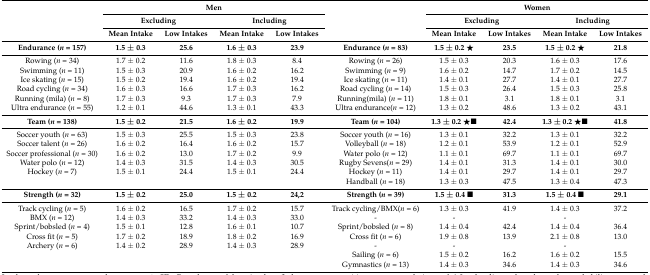
<table><thead><tr><td rowspan="3"></td><td colspan="4"><b>Men</b></td><td rowspan="3"></td><td colspan="4"><b>Women</b></td></tr><tr><td colspan="2"><b>Excluding</b></td><td colspan="2"><b>Including</b></td><td colspan="2"><b>Excluding</b></td><td colspan="2"><b>Including</b></td></tr><tr><td><b>Mean Intake</b></td><td><b>Low Intakes</b></td><td><b>Mean Intake</b></td><td><b>Low Intakes</b></td><td><b>Mean Intake</b></td><td><b>Low Intakes</b></td><td><b>Mean Intake</b></td><td><b>Low Intakes</b></td></tr></thead><tbody><tr><td><b>Endurance (<i>n</i> = 157)</b></td><td><b>1.5 ± 0.3</b></td><td><b>25.6</b></td><td><b>1.6 ± 0.3</b></td><td><b>23.9</b></td><td><b>Endurance (<i>n</i> = 83)</b></td><td><b>1.5 ± 0.2</b> ★</td><td><b>23.5</b></td><td><b>1.5 ± 0.2</b> ★</td><td><b>21.8</b></td></tr><tr><td>Rowing (<i>n</i> = 34)</td><td>1.7 ± 0.2</td><td>11.6</td><td>1.8 ± 0.3</td><td>8.4</td><td>Rowing (<i>n</i> = 26)</td><td>1.5 ± 0.3</td><td>20.3</td><td>1.6 ± 0.3</td><td>17.6</td></tr><tr><td>Swimming (<i>n</i> = 11)</td><td>1.5 ± 0.3</td><td>20.9</td><td>1.6 ± 0.2</td><td>16.2</td><td>Swimming (<i>n</i> = 9)</td><td>1.6 ± 0.2</td><td>14.7</td><td>1.7 ± 0.2</td><td>14.5</td></tr><tr><td>Ice skating (<i>n</i> = 15)</td><td>1.5 ± 0.2</td><td>19.4</td><td>1.6 ± 0.2</td><td>19.4</td><td>Ice skating (<i>n</i> = 11)</td><td>1.4 ± 0.1</td><td>27.7</td><td>1.4 ± 0.1</td><td>27.7</td></tr><tr><td>Road cycling (<i>n</i> = 34)</td><td>1.6 ± 0.3</td><td>16.6</td><td>1.7 ± 0.3</td><td>16.2</td><td>Road cycling (<i>n</i> = 14)</td><td>1.5 ± 0.3</td><td>26.4</td><td>1.5 ± 0.3</td><td>25.8</td></tr><tr><td>Running (mila) (<i>n</i> = 8)</td><td>1.7 ± 0.3</td><td>9.3</td><td>1.7 ± 0.3</td><td>7.9</td><td>Running(mila) (<i>n</i> = 11)</td><td>1.8 ± 0.1</td><td>3.1</td><td>1.8 ± 0.1</td><td>3.1</td></tr><tr><td>Ultra endurance (<i>n</i> = 55)</td><td>1.2 ± 0.1</td><td>44.6</td><td>1.3 ± 0.1</td><td>43.3</td><td>Ultra endurance(<i>n</i> = 12)</td><td>1.3 ± 0.2</td><td>48.6</td><td>1.3 ± 0.2</td><td>43.1</td></tr><tr><td><b>Team (<i>n</i> = 138)</b></td><td><b>1.5 ± 0.2</b></td><td><b>21.5</b></td><td><b>1.6 ± 0.2</b></td><td><b>19.9</b></td><td><b>Team (<i>n</i> = 104)</b></td><td><b>1.3 ± 0.2</b> ★■</td><td><b>42.4</b></td><td><b>1.3 ± 0.2</b> ★■</td><td><b>41.8</b></td></tr><tr><td>Soccer youth (<i>n</i> = 63)</td><td>1.5 ± 0.3</td><td>25.5</td><td>1.5 ± 0.3</td><td>23.8</td><td>Soccer youth (<i>n</i> = 16)</td><td>1.3 ± 0.1</td><td>32.2</td><td>1.3 ± 0.1</td><td>32.2</td></tr><tr><td>Soccer talent (<i>n</i> = 26)</td><td>1.6 ± 0.2</td><td>16.4</td><td>1.6 ± 0.2</td><td>15.7</td><td>Volleyball (<i>n</i> = 18)</td><td>1.2 ± 0.1</td><td>53.9</td><td>1.2 ± 0.1</td><td>52.9</td></tr><tr><td>Soccer professional (<i>n</i> = 30)</td><td>1.6 ± 0.2</td><td>13.0</td><td>1.7 ± 0.2</td><td>9.9</td><td>Water polo (<i>n</i> = 12)</td><td>1.1 ± 0.1</td><td>69.7</td><td>1.1 ± 0.1</td><td>69.7</td></tr><tr><td>Water polo (<i>n</i> = 12)</td><td>1.4 ± 0.3</td><td>31.5</td><td>1.4 ± 0.3</td><td>30.5</td><td>Rugby Sevens(<i>n</i> = 29)</td><td>1.4 ± 0.1</td><td>31.3</td><td>1.4 ± 0.1</td><td>30.0</td></tr><tr><td>Hockey (<i>n</i> = 7)</td><td>1.5 ± 0.1</td><td>24.4</td><td>1.5 ± 0.1</td><td>24.4</td><td>Hockey (<i>n</i> = 11)</td><td>1.4 ± 0.1</td><td>29.7</td><td>1.4 ± 0.1</td><td>29.7</td></tr><tr><td></td><td></td><td></td><td></td><td></td><td>Handball (<i>n</i> = 18)</td><td>1.3 ± 0.3</td><td>47.5</td><td>1.3 ± 0.4</td><td>47.3</td></tr><tr><td><b>Strength (<i>n</i> = 32)</b></td><td><b>1.5 ± 0.2</b></td><td><b>25.0</b></td><td><b>1.5 ± 0.2</b></td><td><b>24,2</b></td><td><b>Strength (<i>n</i> = 39)</b></td><td><b>1.5 ± 0.4</b> ■</td><td><b>31.3</b></td><td><b>1.5 ± 0.4</b> ■</td><td><b>29.1</b></td></tr><tr><td>Track cycling (<i>n</i> = 5)</td><td>1.6 ± 0.2</td><td>16.5</td><td>1.7 ± 0.2</td><td>15.7</td><td>Track cycling/BMX(<i>n</i> = 6)</td><td>1.3 ± 0.3</td><td>41.9</td><td>1.4 ± 0.3</td><td>37.2</td></tr><tr><td>BMX (<i>n</i> = 12)</td><td>1.4 ± 0.3</td><td>33.2</td><td>1.4 ± 0.3</td><td>33.0</td><td>-</td><td>-</td><td></td><td>-</td><td></td></tr><tr><td>Sprint/bobsled (<i>n</i> = 4)</td><td>1.5 ± 0.1</td><td>12.8</td><td>1.6 ± 0.1</td><td>10.7</td><td>Sprint/bobsled (<i>n</i> = 8)</td><td>1.4 ± 0.4</td><td>42.4</td><td>1.4 ± 0.4</td><td>36.4</td></tr><tr><td>Cross fit (<i>n</i> = 5)</td><td>1.7 ± 0.2</td><td>18.9</td><td>1.8 ± 0.2</td><td>16.9</td><td>Cross fit (<i>n</i> = 6)</td><td>1.9 ± 0.8</td><td>13.9</td><td>2.1 ± 0.8</td><td>13.0</td></tr><tr><td>Archery (<i>n</i> = 6)</td><td>1.4 ± 0.2</td><td>28.9</td><td>1.4 ± 0.3</td><td>28.9</td><td>-</td><td>-</td><td></td><td>-</td><td></td></tr><tr><td></td><td></td><td></td><td></td><td></td><td>Sailing (<i>n</i> = 6)</td><td>1.5 ± 0.2</td><td>16.2</td><td>1.6 ± 0.2</td><td>15.5</td></tr><tr><td></td><td></td><td></td><td></td><td></td><td>Gymnastics (<i>n</i> = 13)</td><td>1.4 ± 0.3</td><td>34.6</td><td>1.4 ± 0.3</td><td>34.6</td></tr></tbody></table>